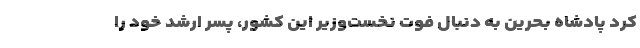
کرد پادشاه بحرین به دنبال فوت نخست‌وزیر این کشور، پسر ارشد خود را